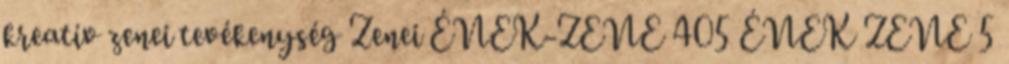
kreatív zenei tevékenység Zenei ÉNEK-ZENE 405 ÉNEK ZENE 5